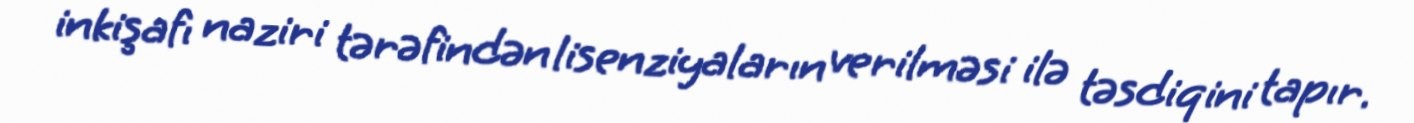
inkişafı naziri tərəfindən lisenziyaların verilməsi ilə təsdiqini tapır.